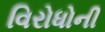
વિરોધોની